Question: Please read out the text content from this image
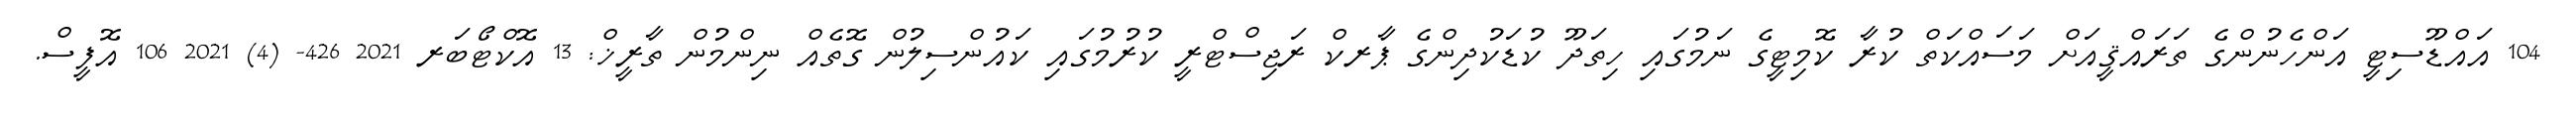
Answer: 104 އައްޑޫސިޓީ އަންހެނުންގެ ތަރައްޤީއަށް މަސައްކަތް ކުރާ ކޮމިޓީގެ ނަމުގައި ހިތަދޫ ކުޑަކުދިންގެ ޕާރކް ރަޖިސްޓްރީ ކުރުމުގައި ކައުންސިލުން ގޮތެއް ނިންމުން ތާރީޚް: 13 އޮކްޓޯބަރ 2021 426- (4) 2021 106 އޮފީސް.